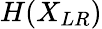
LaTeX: H(X_{LR})